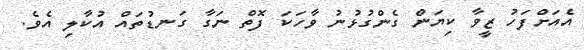
އެއަށްފަހު ޒީވާ ކިޔަން ގެންގުޅުނު ވާހަކަ ފޮތް ނަގާ ގަނޑުތައް އުކާލި އެވެ.